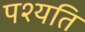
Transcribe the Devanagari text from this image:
पश्यति